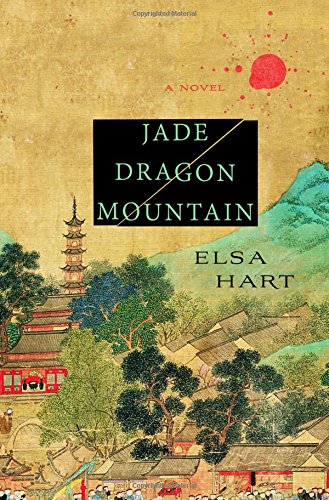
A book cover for Jade Dragon Mountain: A Novel; Elsa Hart; Mystery, Thriller & Suspense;